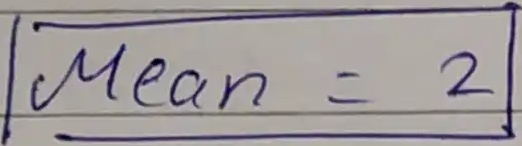
Mean = \[\text{2}\]